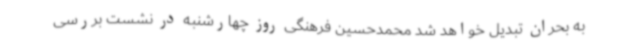
به بحران تبدیل خواهد شد محمدحسین فرهنگی روز چهارشنبه در نشست بررسی